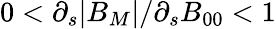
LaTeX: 0<\partial_{s}|B_{M}|/\partial_{s}B_{00}<1